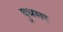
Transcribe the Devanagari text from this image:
दुधसर